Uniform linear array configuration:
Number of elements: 64
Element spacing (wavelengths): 0.25
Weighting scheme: blackman
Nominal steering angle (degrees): -45
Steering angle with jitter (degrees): -45.352
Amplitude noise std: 0.05
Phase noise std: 0.05

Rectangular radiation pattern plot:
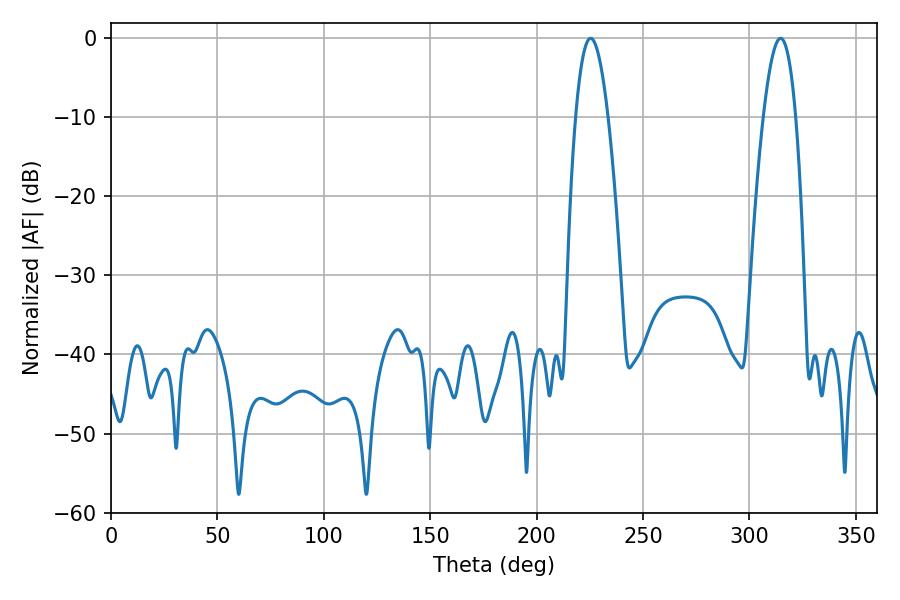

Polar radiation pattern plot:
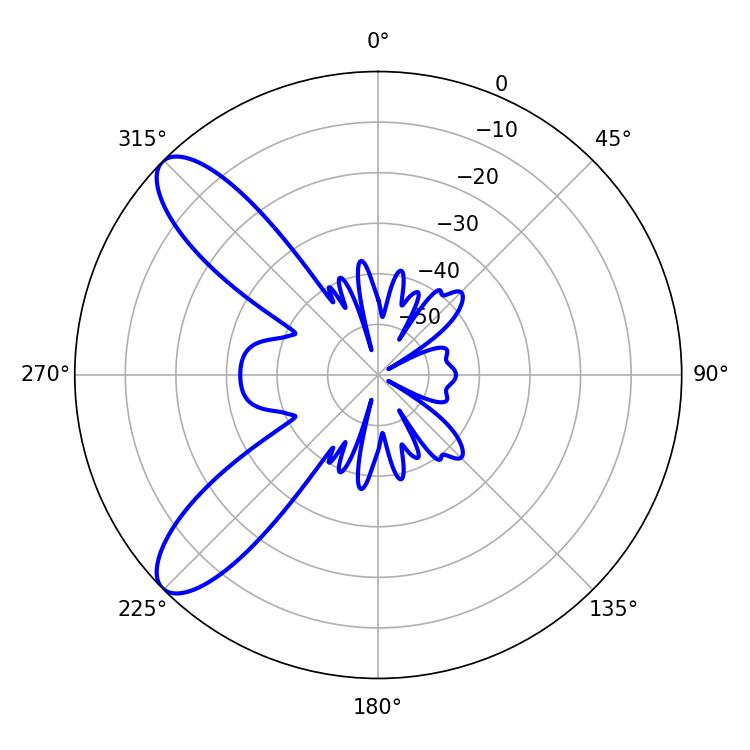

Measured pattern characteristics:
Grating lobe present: FALSE
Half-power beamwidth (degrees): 8.28
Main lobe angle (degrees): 225.36